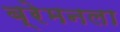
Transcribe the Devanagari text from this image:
ब्रेमनला